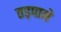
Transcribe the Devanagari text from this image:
तड़पाने